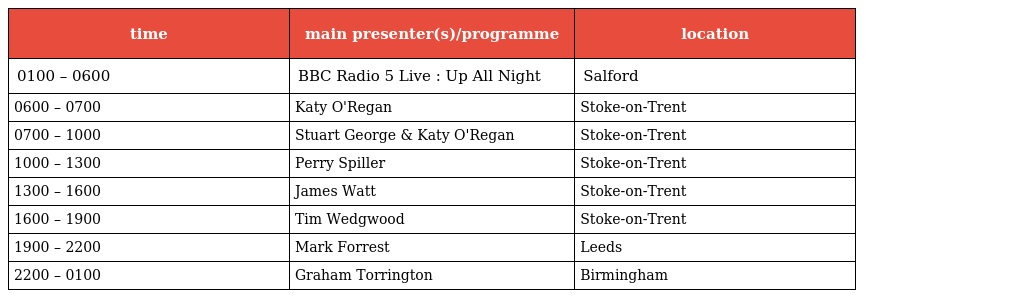
| time | main presenter(s)/programme | location |
 | --- | --- | --- |
 | 0100 – 0600 | BBC Radio 5 Live : Up All Night | Salford |
 | 0600 – 0700 | Katy O'Regan | Stoke-on-Trent |
 | 0700 – 1000 | Stuart George & Katy O'Regan | Stoke-on-Trent |
 | 1000 – 1300 | Perry Spiller | Stoke-on-Trent |
 | 1300 – 1600 | James Watt | Stoke-on-Trent |
 | 1600 – 1900 | Tim Wedgwood | Stoke-on-Trent |
 | 1900 – 2200 | Mark Forrest | Leeds |
 | 2200 – 0100 | Graham Torrington | Birmingham |